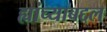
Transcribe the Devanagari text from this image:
ह्यांच्याबद्दल